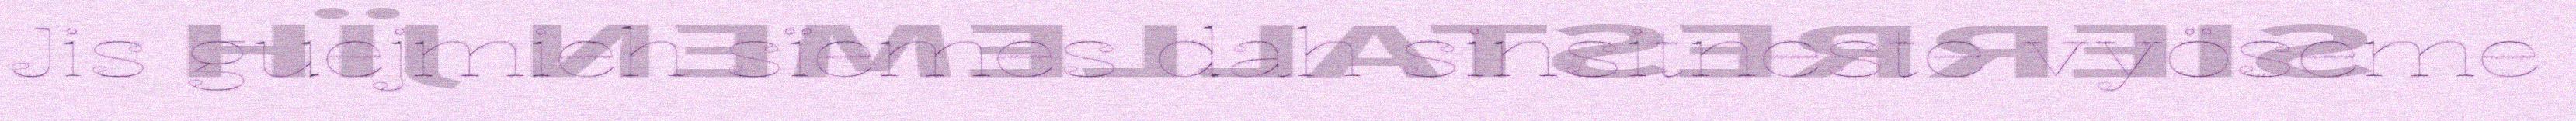
Jis guejmieh sïemes dah sinsitneste vyöseme